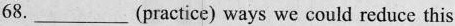
68. ___ (practice) ways we could reduce this